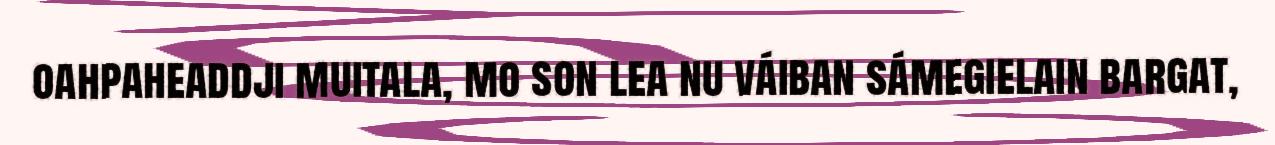
oahpaheaddji muitala, mo son lea nu váiban sámegielain bargat,